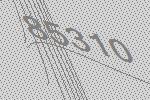
85310